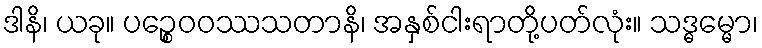
ဒါနိ၊ ယခု။ ပဉ္စေဝဝဿသတာနိ၊ အနှစ်ငါးရာတို့ပတ်လုံး။ သဒ္ဓမ္မော၊